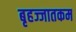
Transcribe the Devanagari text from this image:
बृहज्जातकम